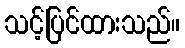
သင့်ပြင်ထားသည်။